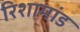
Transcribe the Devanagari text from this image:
रिशामांड